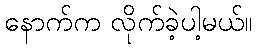
နောက်က လိုက်ခဲ့ပါ့မယ်။